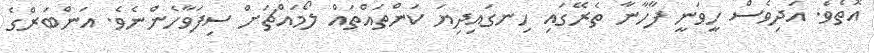
އޮތެވެ. އަދިވެސް ހީވަނީ ފާހާނާ ތެރޭގައި ހިނގައިދިޔަ ކަންތައްތައް ލޯމައްޗަށް ސިފަވާހެންނެވެ. އަންބަރްގެ